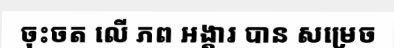
ចុះចត លើ ភព អង្គារ បាន សម្រេច